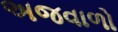
અજવાળો